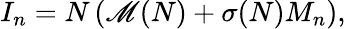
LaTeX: I_{n}=N\left(\mathscr{M}(N)+\sigma(N)M_{n}\right),